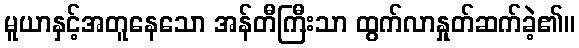
မူယာနှင့်အတူနေသော အန်တီကြီးသာ ထွက်လာနှုတ်ဆက်ခဲ့၏။